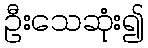
ဦးသေဆုံး၍